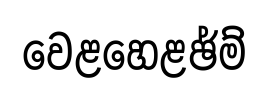
වෙළහෙළඡ්ම්